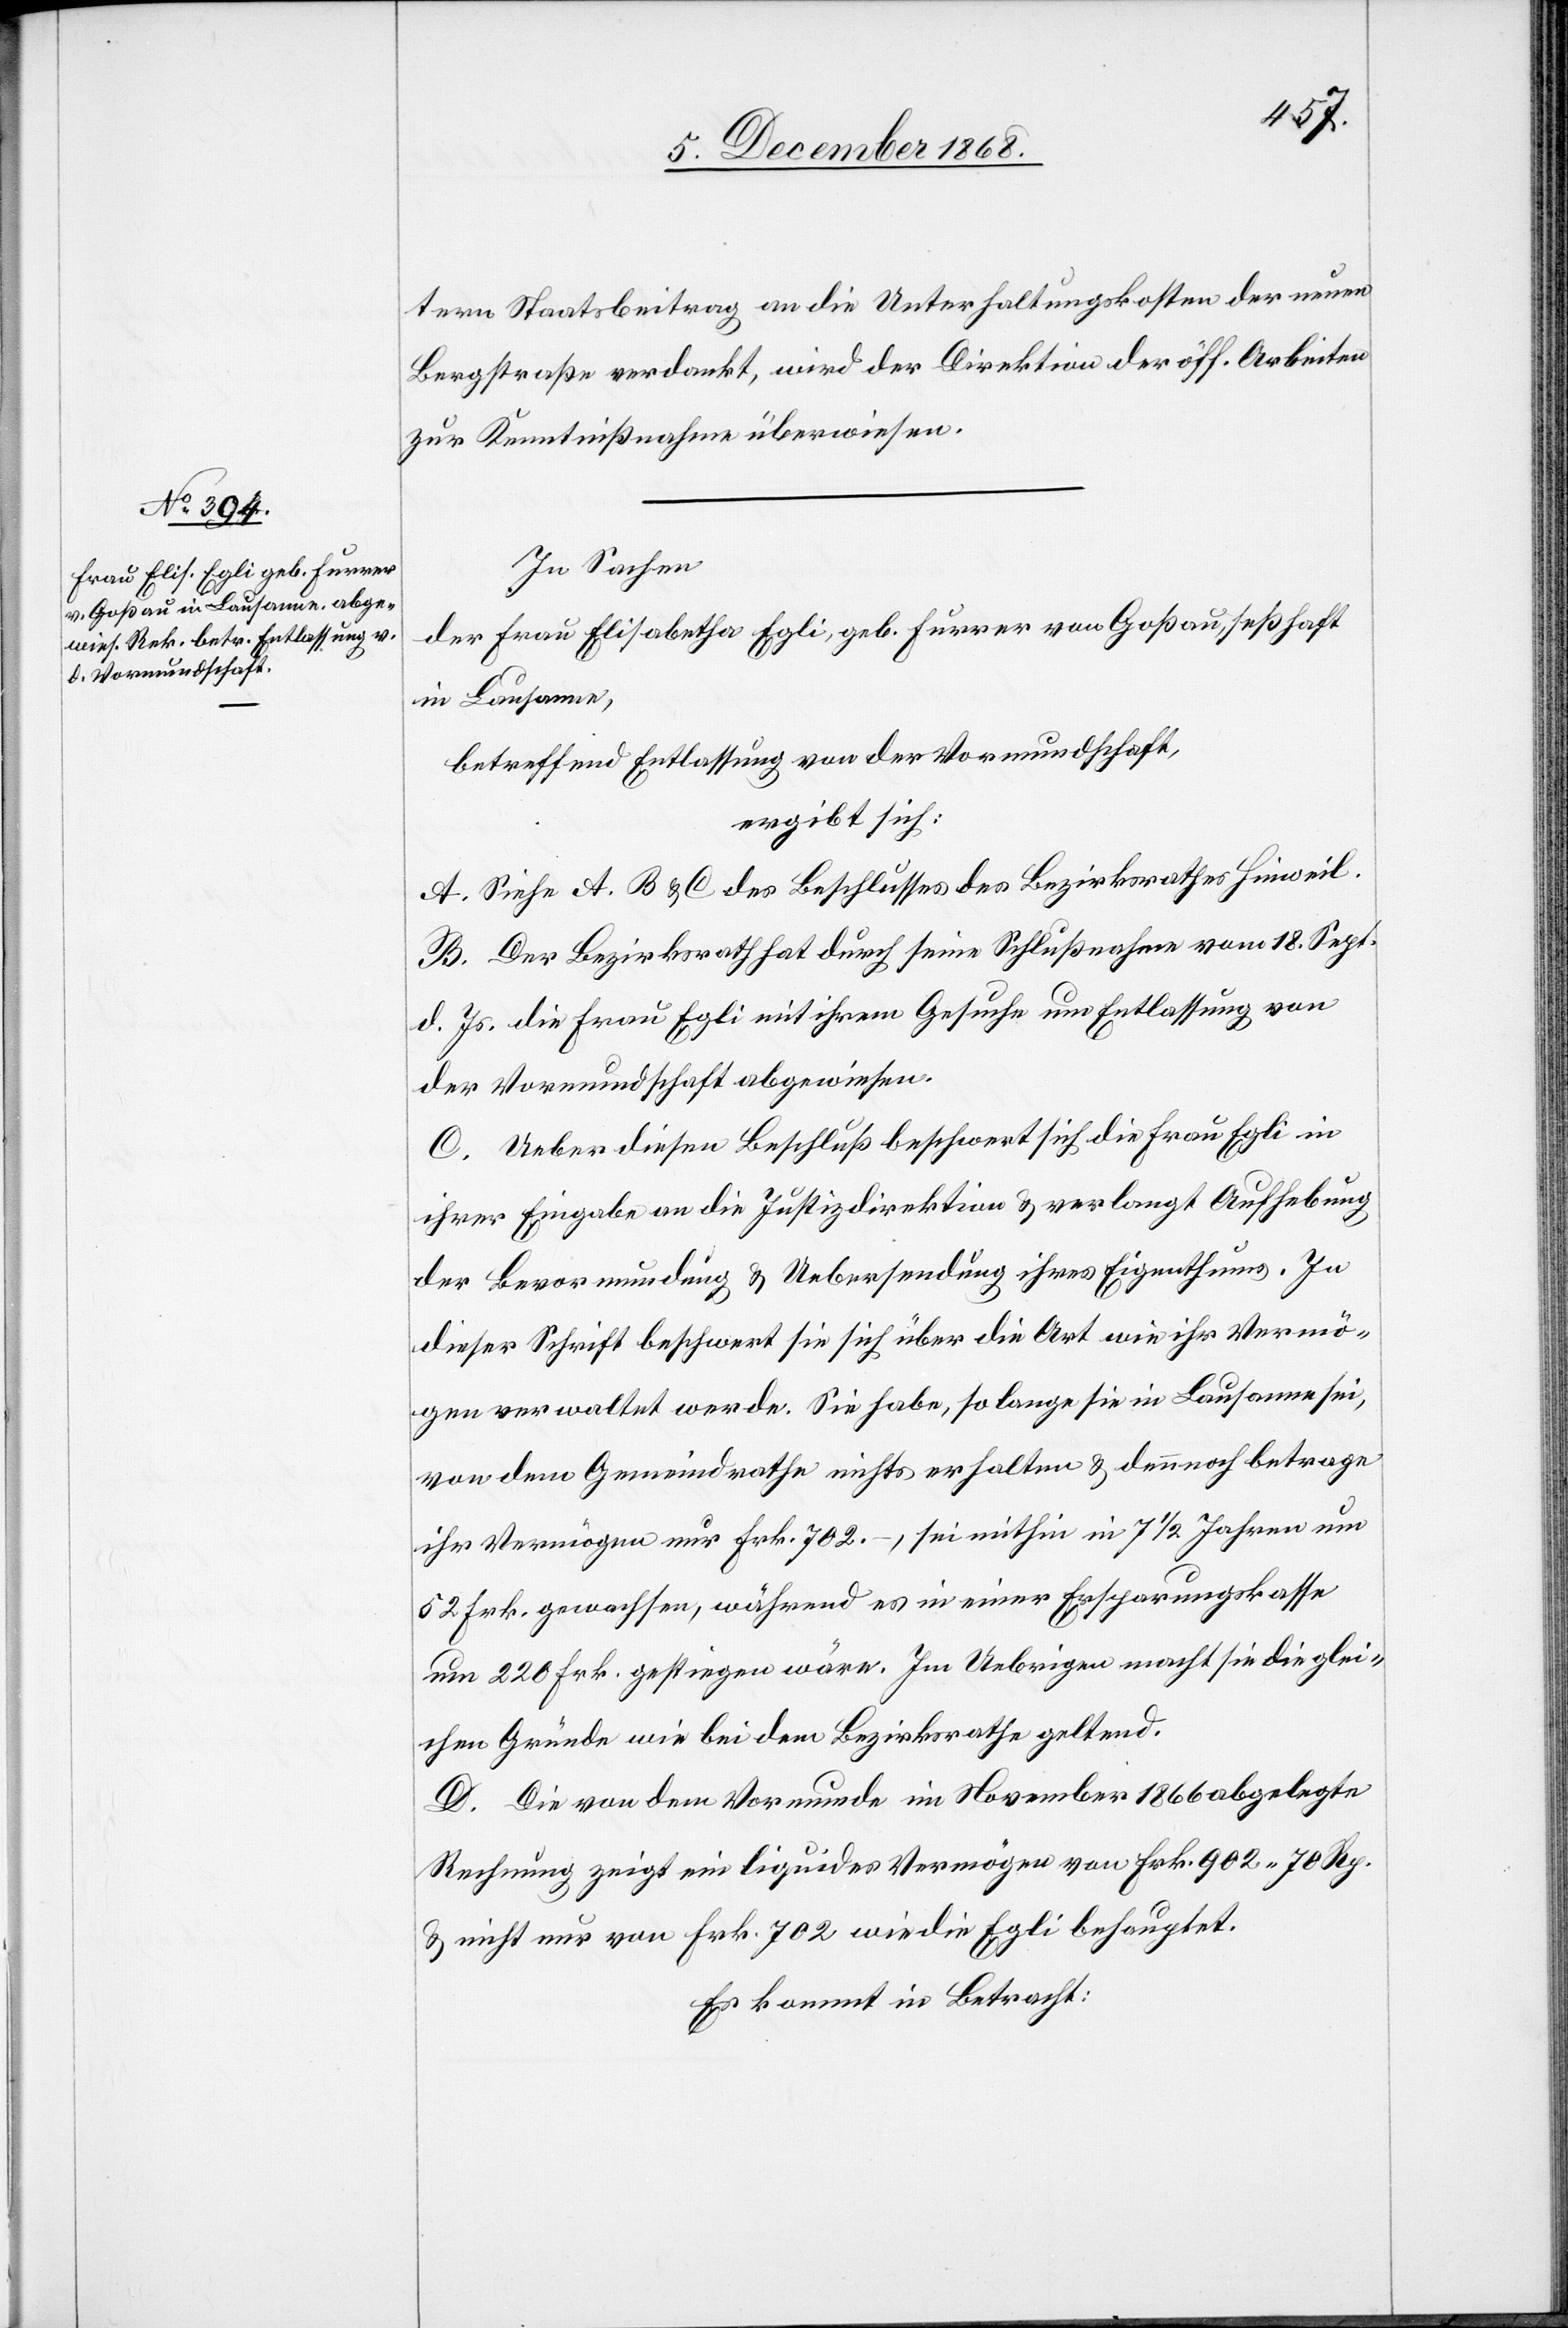
tern Staatsbeitrag an die Unterhaltungskosten der neuen
Bergstraße verdankt, wird der Direktion der öff. Arbeiten
zur Kenntnißnahme überwiesen.
In Sachen
der Frau Elisabetha Egli, geb. Furrer von Goßau, seßhaft
in Lausanne,
betreffend Entlassung von der Vormundschaft,
ergibt sich:
A. Siehe A, B & C des Beschlusses des Bezirksrathes Hinweil.
B. Der Bezirksrath hat durch seine Schlußnahme vom 18. Sept.
d. Js. die Frau Egli mit ihrem Gesuche um Entlassung von
der Vormundschaft abgewiesen.
C. Ueber diesen Beschluß beschwert sich die Frau Egli in
ihrer Eingabe an die Justizdirektion & verlangt Aufhebung
der Bevormundung & Uebersendung ihres Eigenthums. In
dieser Schrift beschwert sie sich über die Art wie ihr Vermö¬
gen verwaltet werde. Sie habe, so lange sie in Lausanne sei,
von dem Gemeindrathe nichts erhalten & dennnoch [sic!] betrage
ihr Vermögen nur Frk. 702.–, sei mithin in 7 1/2 Jahren um
52 Frk. gewachsen, während es in einer Ersparungskasse
um 220 Frk. gestiegen wäre. Im Uebrigen macht sie die glei¬
chen Gründe wie bei dem Bezirksrathe geltend.
D. Die von dem Vormunde im November 1866 abgelegte
Rechnung zeigt ein liquides Vermögen von Frk. 902 70 Rp.
& nicht nur von Frk. 702 wie die Egli behauptet.
Es kommt in Betracht: